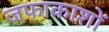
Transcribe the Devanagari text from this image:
जफाकाशों